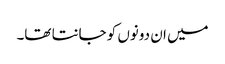
میں ان دونوں کو جانتا تھا۔